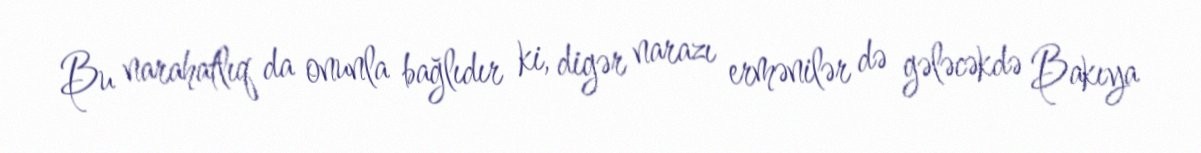
Bu narahatlıq da onunla bağlıdır ki, digər narazı ermənilər də gələcəkdə Bakıya